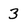
Character: 3